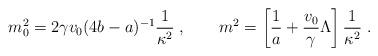
LaTeX: \begin{align*}m_0^2 =2\gamma v_0(4b-a)^{-1} \frac{1}{\kappa^2}\; , \qquad m^2 = \left[ \frac{1}{a} + \frac{v_0}{\gamma}\Lambda \right]\frac{1}{\kappa^2}\; .\end{align*}